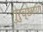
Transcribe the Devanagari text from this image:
गुरुच्छायां